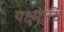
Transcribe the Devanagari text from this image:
यक्ष्मादि